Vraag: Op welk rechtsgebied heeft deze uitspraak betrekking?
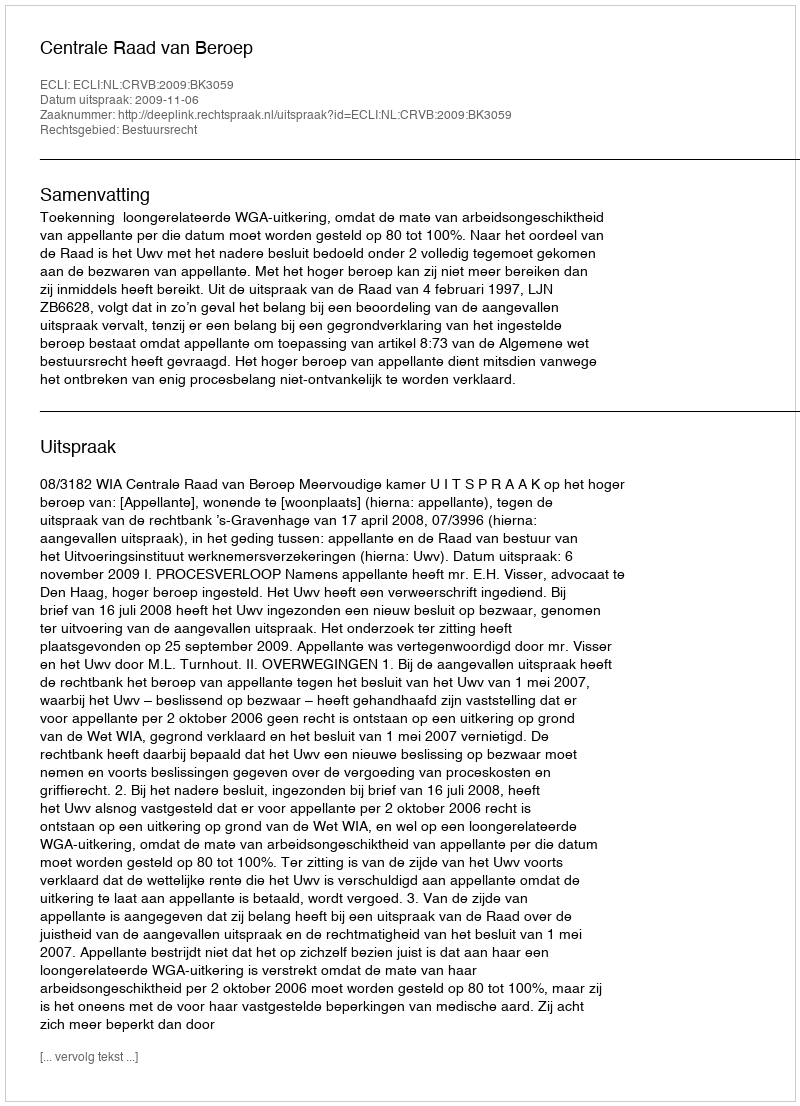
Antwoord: Bestuursrecht